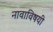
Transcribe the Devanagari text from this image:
नावाविषयी